Trukikaitis_Postimees, lk 71
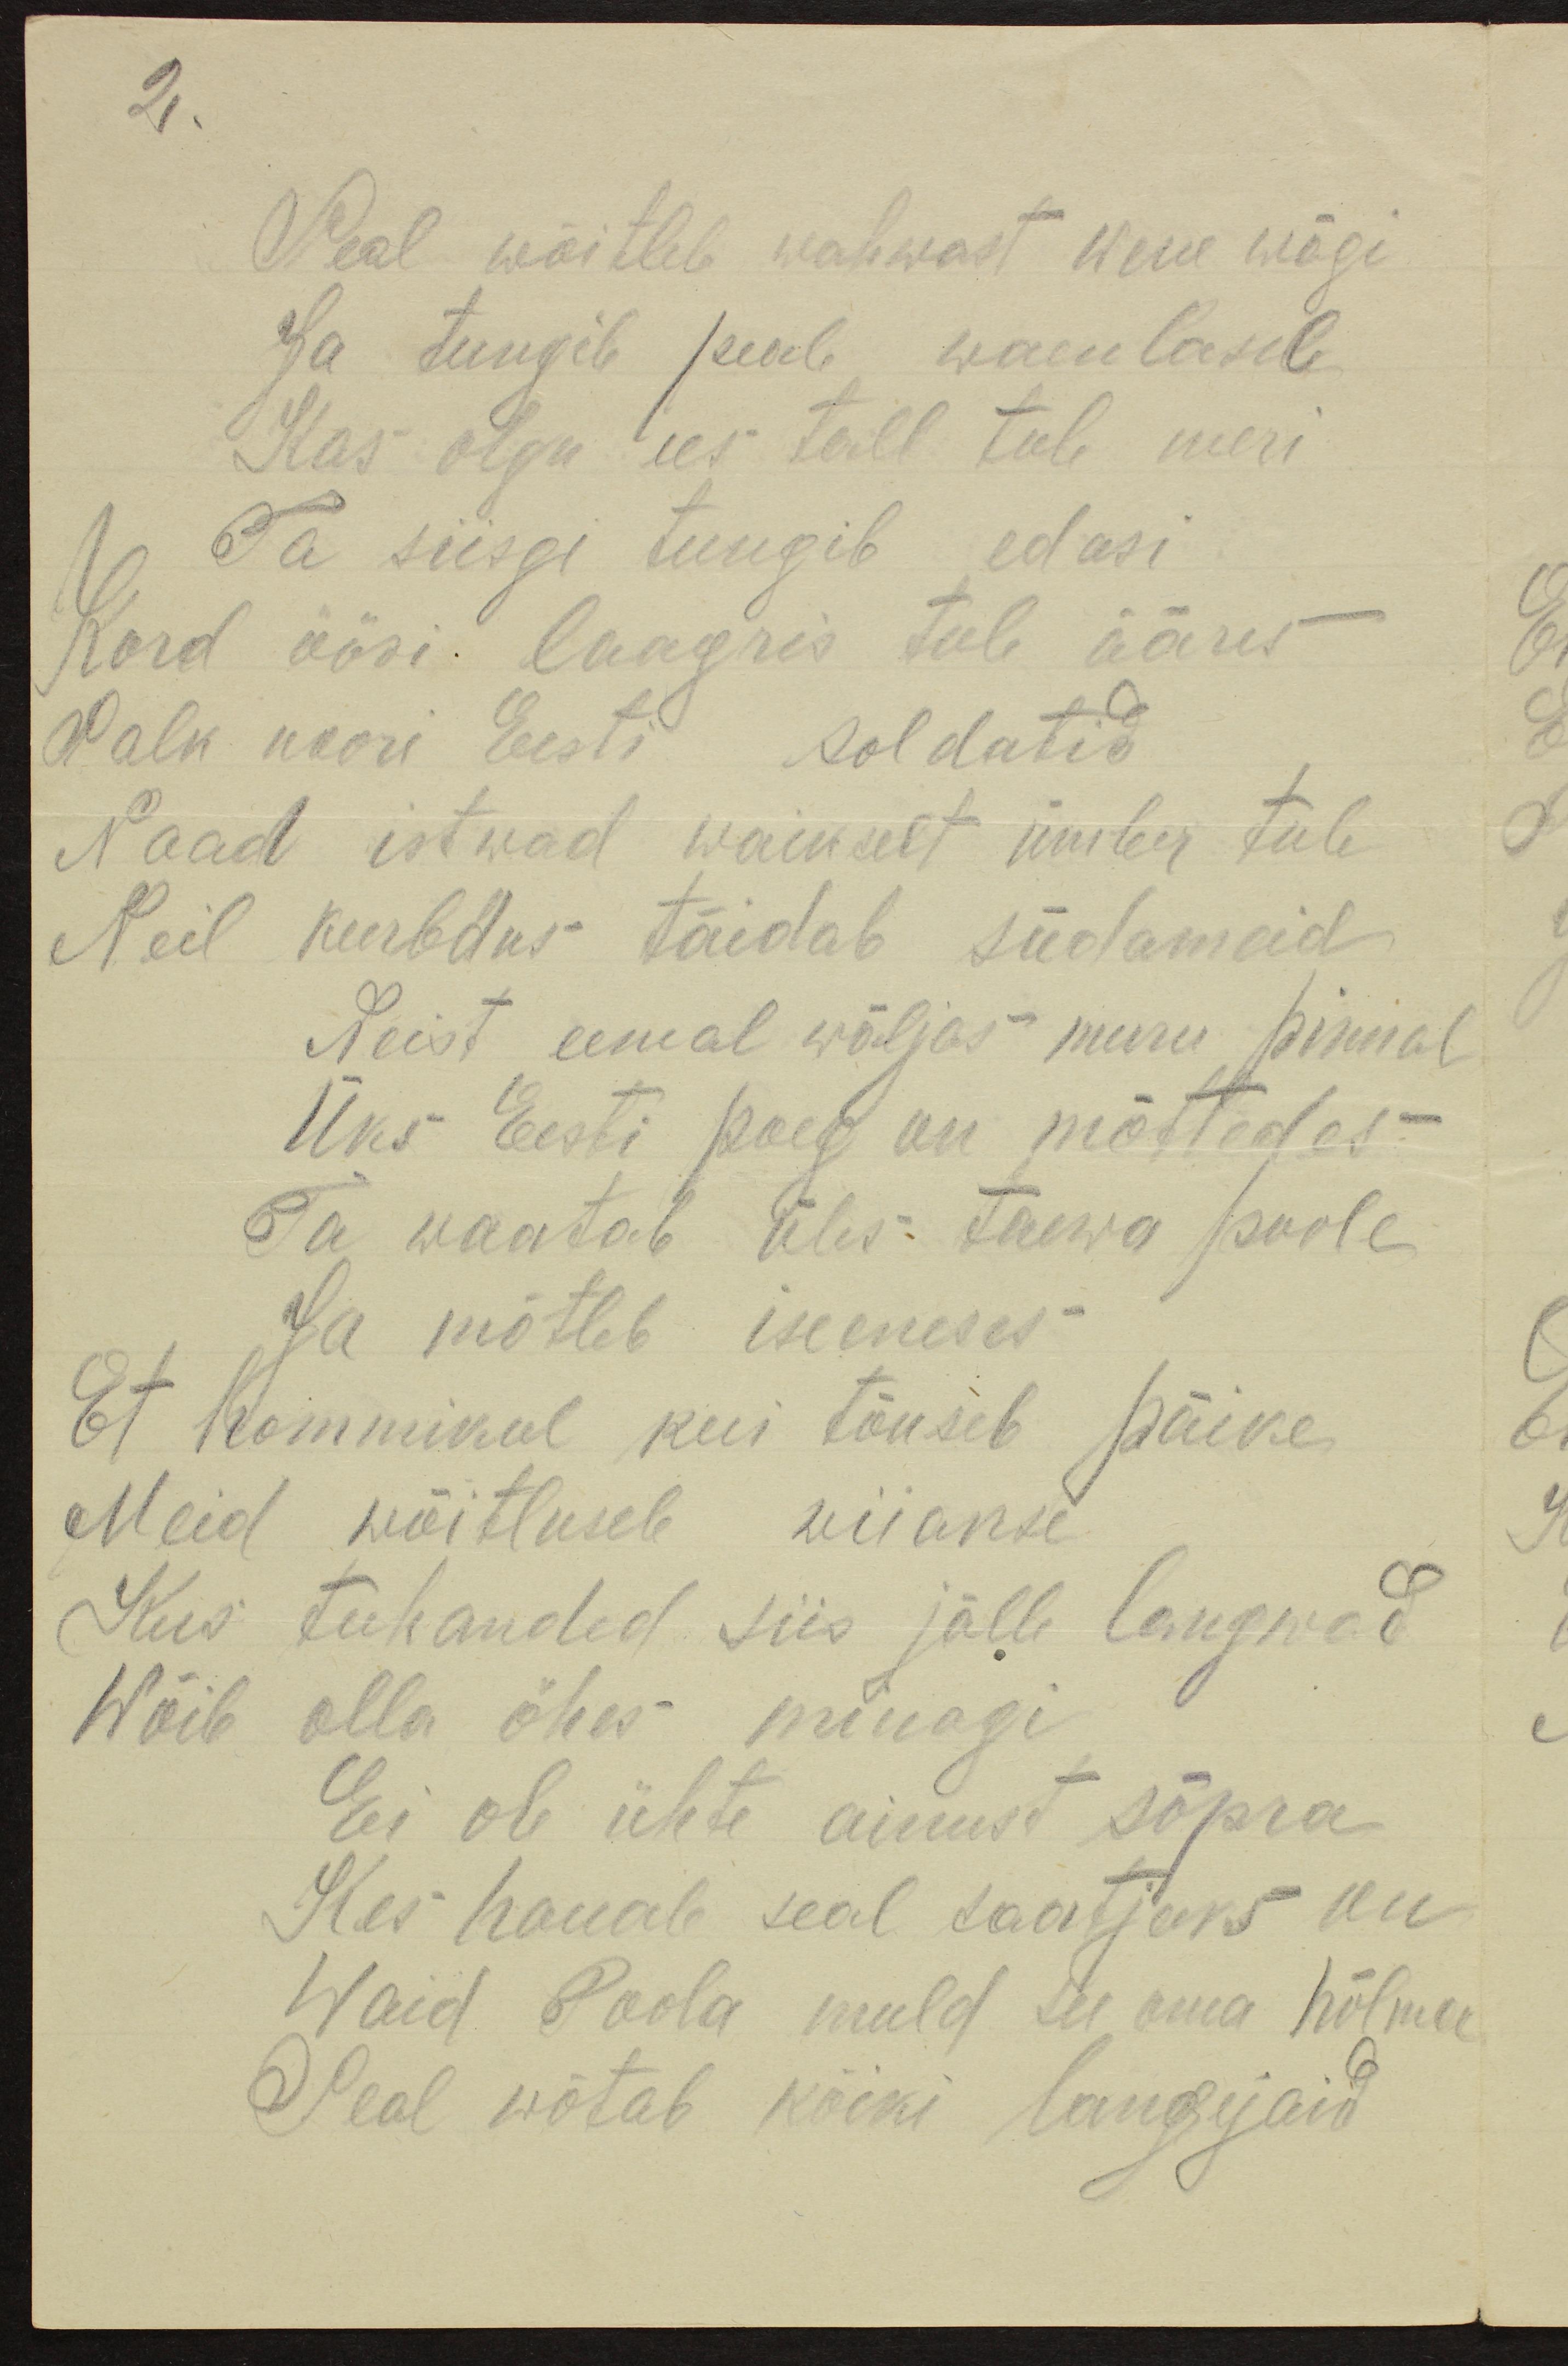
2.

Seal wõitleb wahwast wene wägi
Sa tungib peab waenlasel
Kas olgu ees tall tule meri
Ta siisgi tungib edasi
Kord öösi laagris tule ääres
Salk noori Eesti soldatid
Naad istwad waikselt ümber tule
Neil kurbdus täidab südameid
Neist eemal wäljas muru pinnal
Üks Eesti poeg on mõttedes
Ta waatab üles: taewa poole
ja mõtleb iseeneses
Et hommikul kui tõuseb päike
Meid wõitlusele wiiakse
Kus tuhanded siis jälle langwad
Wõib olla öhes minagi
Ei ole ühte ainust sõpra
Kes hauale seal saatjaks on
Waid Poola muld see oma hõlma
Seal wõtab kõiki langejaid